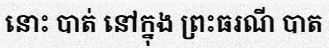
នោះ បាត់ នៅក្នុង ព្រះធរណី បាត